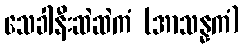
သေခါနီးဆဲဆဲကံ (အာသန္နကံ)